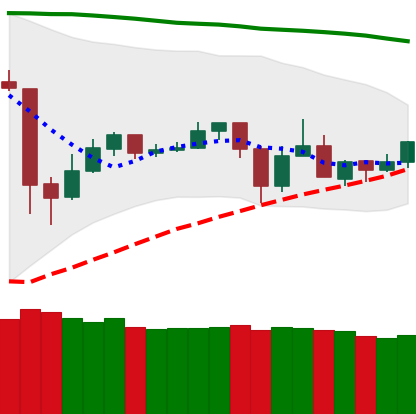
Ticker: TRX-USD
Chart end date: 2020-05-28
Forward return: 7.772%
Label: up_7plus